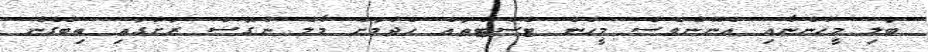
ބަލި މީހުންނާއި އެނޫންވެސް މީހުން ޓެސްޓްތައް ހެދުމަށް މާލެ ނުގޮސް ރަށުގައި ތިބެގެން